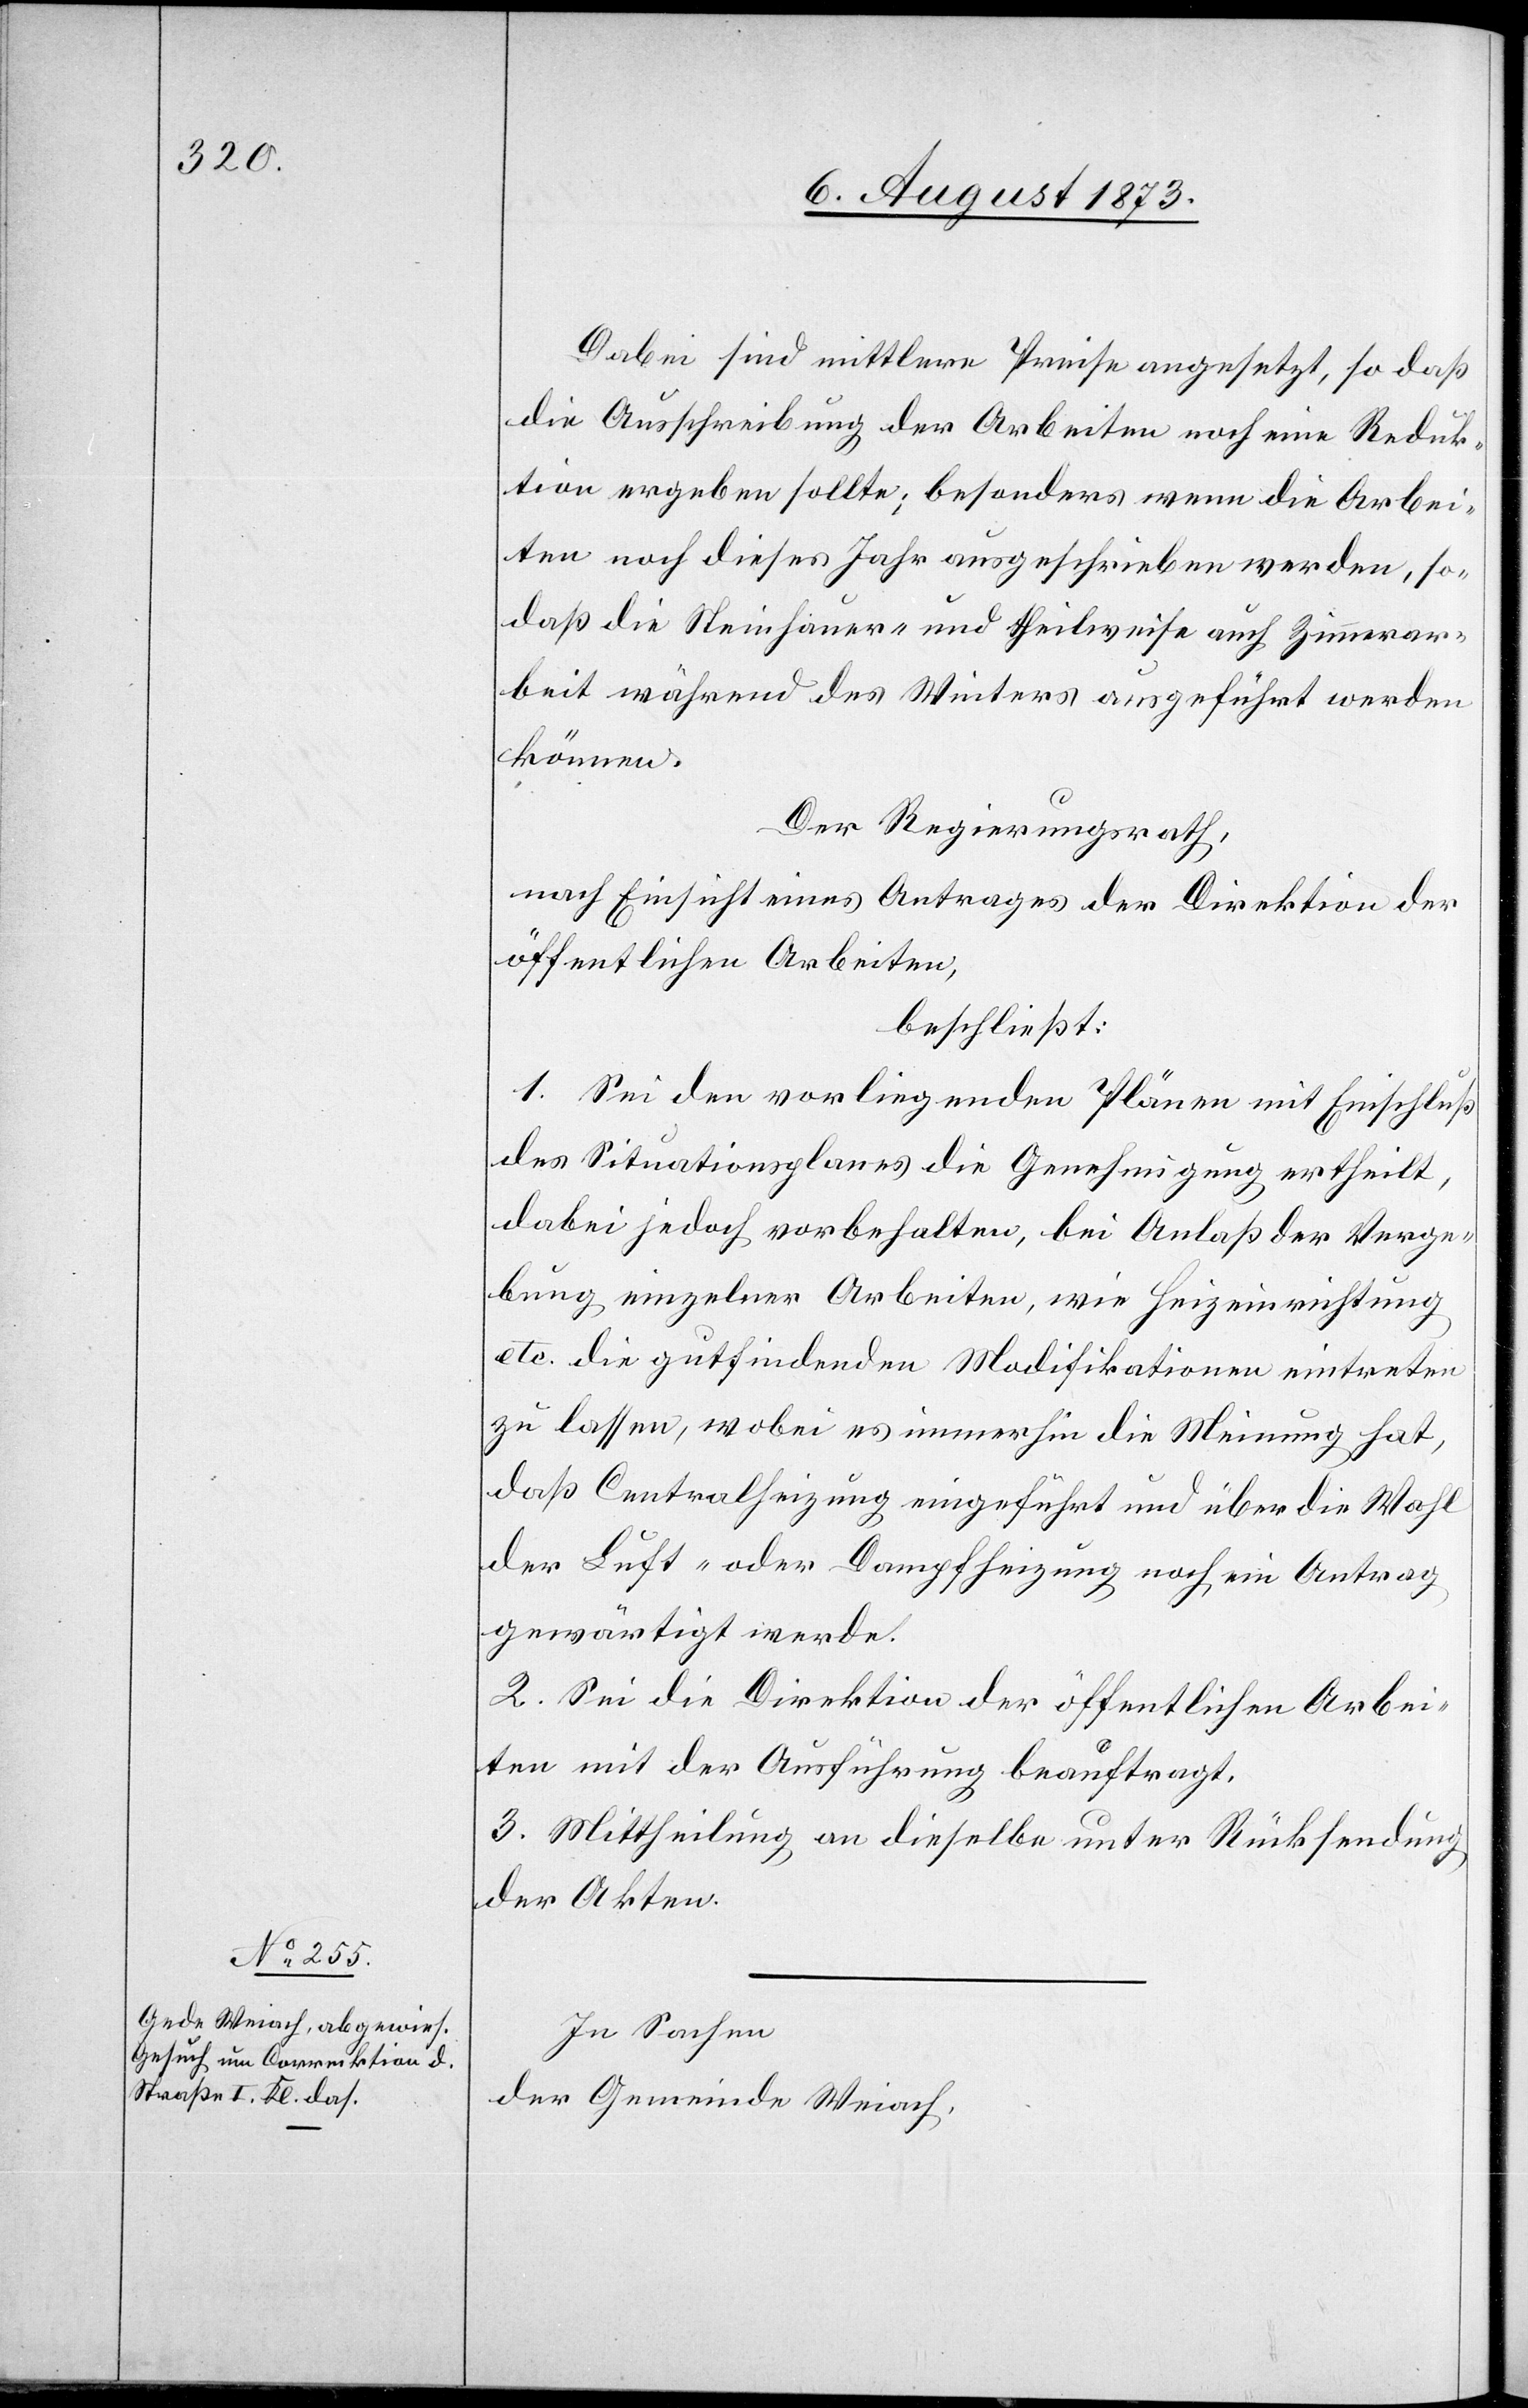
Dabei sind mittlere Preise angesetzt, so daß
die Ausschreibung der Arbeiten noch eine Reduk¬
tion ergeben sollte; besonders wenn die Arbei¬
ten noch dieses Jahr ausgeschrieben werden, so¬
daß die Steinhauer- und theilweise auch Zimmerar¬
beit während des Winters ausgeführt werden
können.
Der Regierungsrath,
nach Einsicht eines Antrages der Direktion der
öffentlichen Arbeiten,
beschließt:
1. Sei den vorliegenden Plänen mit Einschluß
des Situationsplanes die Genehmigung ertheilt,
dabei jedoch vorbehalten, bei Anlaß der Verge¬
bung einzelner Arbeiten, wie Heizeinrichtung
etc. die gutfindenden Modifikationen eintreten
zu lassen, wobei es immerhin die Meinung hat,
daß Centralheizung eingeführt und über die Wahl
der Luft- oder Dampfheizung noch ein Antrag
gewärtigt werde.
2. Sei die Direktion der öffentlichen Arbei¬
ten mit der Ausführung beauftragt.
3. Mittheilung an dieselbe unter Rücksendung
der Akten.
In Sachen
der Gemeinde Weiach,